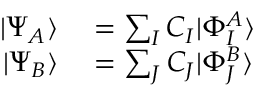
\begin{array} { r l } { | \Psi _ { A } \rangle } & { { } = \sum _ { I } C _ { I } | \Phi _ { I } ^ { A } \rangle } \\ { | \Psi _ { B } \rangle } & { { } = \sum _ { J } C _ { J } | \Phi _ { J } ^ { B } \rangle } \end{array}